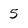
Character: 5